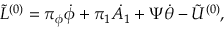
{ \tilde { L } } ^ { ( 0 ) } = \pi _ { \phi } \dot { \phi } + \pi _ { 1 } \dot { A _ { 1 } } + \Psi \dot { \theta } - { \tilde { U } } ^ { ( 0 ) } ,